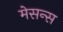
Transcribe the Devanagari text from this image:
मेसन्स